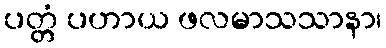
ပတ္တံ ပဟာယ ဖလမာသသာနာ၊